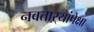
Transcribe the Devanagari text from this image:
नवताऱ्यांपेक्षा